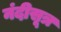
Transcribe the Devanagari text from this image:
नंदीसूत्र